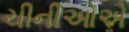
ચીનીઓએ